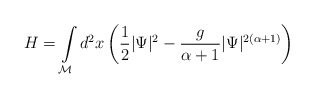
\begin{align*}H=\int\limits_{\cal M} d^{2}x\left( \frac 12|\Psi |^2-\frac{g}{\alpha+1}|\Psi |^{2(\alpha+1) }\right)\end{align*}